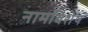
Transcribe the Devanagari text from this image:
नामविशेष